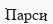
Парси